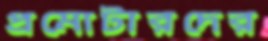
প্রমোটারদের